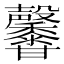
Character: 𤯒